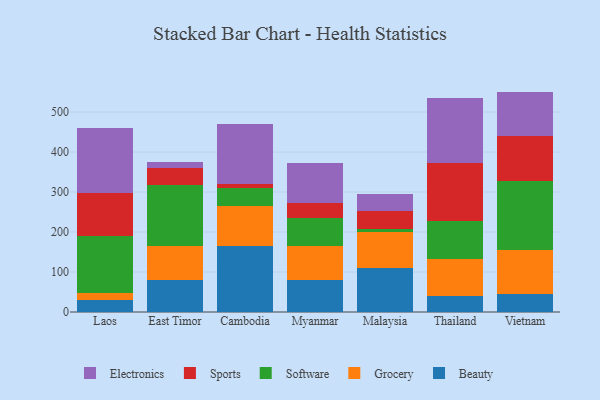
{"axis": {"x": "Country", "y": "LTV (USD)"}, "legend": ["Beauty", "Electronics", "Grocery", "Software", "Sports"], "data": [{"x": "Laos", "y": 30.8, "type": "Beauty"}, {"x": "Laos", "y": 17.2, "type": "Grocery"}, {"x": "Laos", "y": 141.7, "type": "Software"}, {"x": "Laos", "y": 107.1, "type": "Sports"}, {"x": "Laos", "y": 163.6, "type": "Electronics"}, {"x": "East Timor", "y": 80.6, "type": "Beauty"}, {"x": "East Timor", "y": 84.0, "type": "Grocery"}, {"x": "East Timor", "y": 153.7, "type": "Software"}, {"x": "East Timor", "y": 41.1, "type": "Sports"}, {"x": "East Timor", "y": 15.7, "type": "Electronics"}, {"x": "Cambodia", "y": 165.8, "type": "Beauty"}, {"x": "Cambodia", "y": 100.2, "type": "Grocery"}, {"x": "Cambodia", "y": 44.1, "type": "Software"}, {"x": "Cambodia", "y": 9.8, "type": "Sports"}, {"x": "Cambodia", "y": 150.9, "type": "Electronics"}, {"x": "Myanmar", "y": 80.5, "type": "Beauty"}, {"x": "Myanmar", "y": 84.3, "type": "Grocery"}, {"x": "Myanmar", "y": 71.3, "type": "Software"}, {"x": "Myanmar", "y": 36.3, "type": "Sports"}, {"x": "Myanmar", "y": 99.5, "type": "Electronics"}, {"x": "Malaysia", "y": 110.9, "type": "Beauty"}, {"x": "Malaysia", "y": 90.0, "type": "Grocery"}, {"x": "Malaysia", "y": 7.7, "type": "Software"}, {"x": "Malaysia", "y": 44.2, "type": "Sports"}, {"x": "Malaysia", "y": 41.9, "type": "Electronics"}, {"x": "Thailand", "y": 40.7, "type": "Beauty"}, {"x": "Thailand", "y": 91.5, "type": "Grocery"}, {"x": "Thailand", "y": 95.4, "type": "Software"}, {"x": "Thailand", "y": 145.5, "type": "Sports"}, {"x": "Thailand", "y": 162.5, "type": "Electronics"}, {"x": "Vietnam", "y": 44.5, "type": "Beauty"}, {"x": "Vietnam", "y": 110.9, "type": "Grocery"}, {"x": "Vietnam", "y": 172.6, "type": "Software"}, {"x": "Vietnam", "y": 112.3, "type": "Sports"}, {"x": "Vietnam", "y": 110.9, "type": "Electronics"}]}